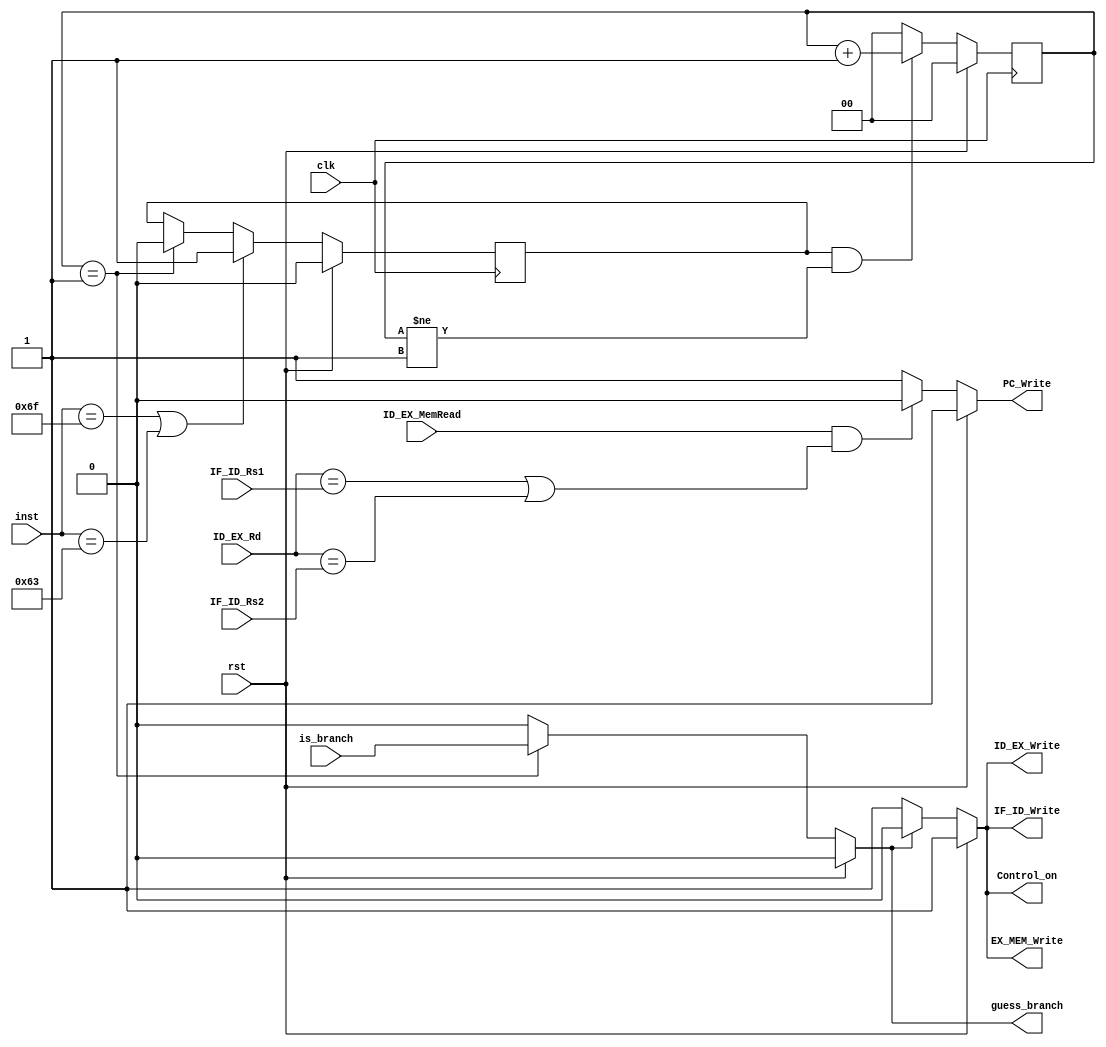
//
module Hazard_dete (
    input wire clk,
    input wire ID_EX_MemRead,
    input wire[4:0] ID_EX_Rd,
    input wire[4:0] IF_ID_Rs1,
    input wire[4:0] IF_ID_Rs2,
    input wire[6:0] inst,
    input wire is_branch,
    input wire rst,

    output reg ID_EX_Write,
    output reg EX_MEM_Write,
    output reg IF_ID_Write,
    output reg PC_Write,
    output reg Control_on,
    output reg guess_branch
);

reg count_flag;
reg[1:0] count;

always @(*) begin
    if(rst)begin
        guess_branch <= 0;
    end else if(count==2'b01)begin
        guess_branch <= is_branch;
    end else begin
        guess_branch <= 0;
    end
end

always @(posedge clk) begin
    if(rst)begin
        count_flag <= 0;
    end else if(inst==7'b1101111 || inst==7'b1100011)begin
        count_flag <= 1;
    end else if(count==2'b01) begin
        count_flag <= 0;
    end
end

always @(posedge clk) begin
    if(rst)begin
        count <= 2'b00;
    end else if(count_flag && count!=2'b01)begin
        count <= count + 1;
    end else begin
        count <= 2'b00;
    end
end

always@(*)begin
    if(rst)begin
        IF_ID_Write <= 1;
        PC_Write <= 1;
        Control_on <= 1;
        ID_EX_Write <= 1;
        EX_MEM_Write <= 1;        
    end else begin
        if(ID_EX_MemRead&&((ID_EX_Rd==IF_ID_Rs1)||(ID_EX_Rd==IF_ID_Rs2)))begin
            IF_ID_Write <= 0;
            PC_Write <= 0;
            Control_on <= 0;
        end else begin
            IF_ID_Write <= 1;
            PC_Write <= 1;
            Control_on <= 1;        
        end

        if(guess_branch)begin
            IF_ID_Write <= 0;
            ID_EX_Write <= 0;
            EX_MEM_Write <= 0;
            Control_on <= 0;            
        end else begin
            Control_on <= 1; 
            ID_EX_Write <= 1;
            EX_MEM_Write <= 1;   
            IF_ID_Write <= 1;                 
        end
    end
end

endmodule